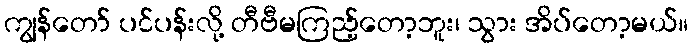
ကျွန်တော် ပင်ပန်းလို့ တီဗီမကြည့်တော့ဘူး၊ သွား အိပ်တော့မယ်။